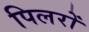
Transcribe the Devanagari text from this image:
पिलरों